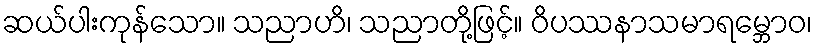
ဆယ်ပါးကုန်သော။ သညာဟိ၊ သညာတို့ဖြင့်။ ဝိပဿနာသမာရမ္ဘောဝ၊